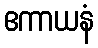
ဧကာယနံ